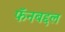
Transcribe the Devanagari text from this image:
फॅनबद्दल